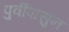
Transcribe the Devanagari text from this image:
पुर्वीपासुन